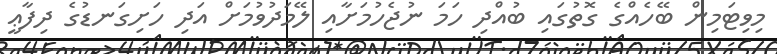
މިވިޓަމިން ބޭހެއްގެ ގޮތުގައި ބުއްދި ހަމަ ނުޖެހުމަށާއި ލޭމަދުވުމަށް އަދި ހަށިގަނޑުގެ ދިފާޢީ